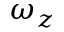
\omega _ { z }